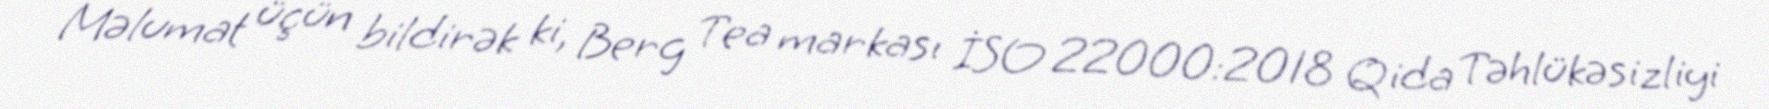
Məlumat üçün bildirək ki, Berg Tea markası İSO 22000:2018 Qida Təhlükəsizliyi